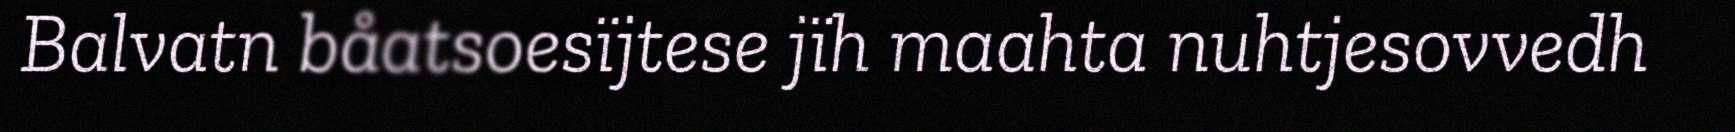
Balvatn båatsoesïjtese jïh maahta nuhtjesovvedh